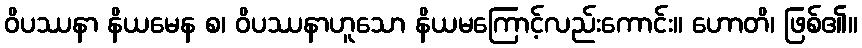
ဝိပဿနာ နိယမေန စ၊ ဝိပဿနာဟူသော နိယမကြောင့်လည်းကောင်း။ ဟောတိ၊ ဖြစ်၏။